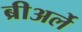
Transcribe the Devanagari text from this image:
ब्रीअर्ले